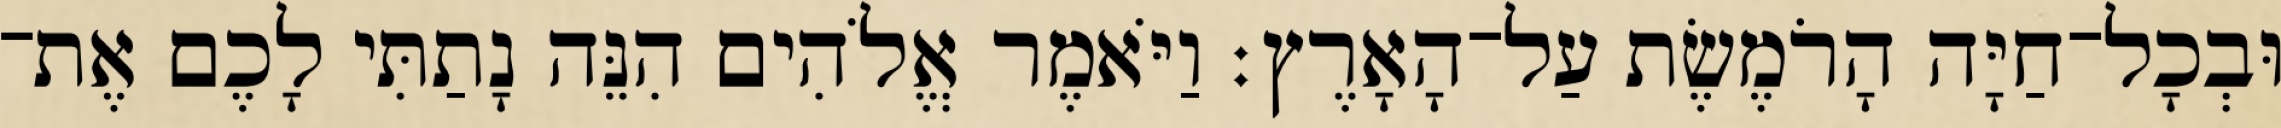
וּבְכָל־חַיָּה הָרֹמֶשֶׂת עַל־הָאָרֶץ׃ וַיֹּאמֶר אֱלֹהִים הִנֵּה נָתַתִּי לָכֶם אֶת־